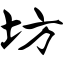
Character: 坊